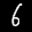
Label: 6